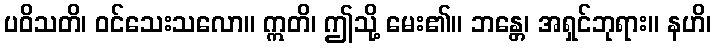
ပဝိသတိ၊ ဝင်သေးသလော။ ဣတိ၊ ဤသို့ မေး၏။ ဘန္တေ၊ အရှင်ဘုရား။ နဟိ၊